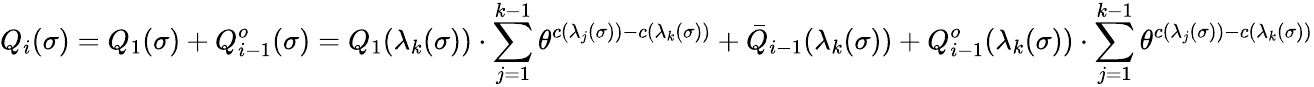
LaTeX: Q_{i}(\sigma)=Q_{1}(\sigma)+Q_{i-1}^{o}(\sigma)=Q_{1}(\lambda_{k}(\sigma))\cdot\sum_{j=1}^{k-1}\theta^{c(\lambda_{j}(\sigma))-c(\lambda_{k}(\sigma))}+\bar{Q}_{i-1}(\lambda_{k}(\sigma))+Q_{i-1}^{o}(\lambda_{k}(\sigma))\cdot\sum_{j=1}^{k-1}\theta^{c(\lambda_{j}(\sigma))-c(\lambda_{k}(\sigma))}